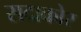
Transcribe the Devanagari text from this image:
सदाकोर